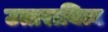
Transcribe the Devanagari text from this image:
उत्तरायित्व